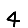
Digit: 4